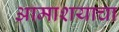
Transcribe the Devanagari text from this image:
आमाशयाचा